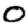
Digit: 0